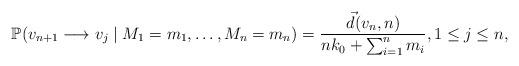
LaTeX: \begin{align*}\mathbb{P}(v_{n+1} \longrightarrow v_j\mid M_1=m_1,\dots,M_n=m_n) = \frac{\vec d(v_n,n)}{nk_0+\sum_{i=1}^{n} m_i}, 1\leq j\leq n,\end{align*}